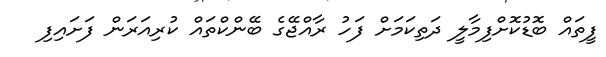
ފީތައް ބޮޑުކޮށްފިމާލީ ދަތިކަމަށް ފަހު ރާއްޖޭގެ ބޭންކްތައް ކުރިއަރަން ފަށައިފި